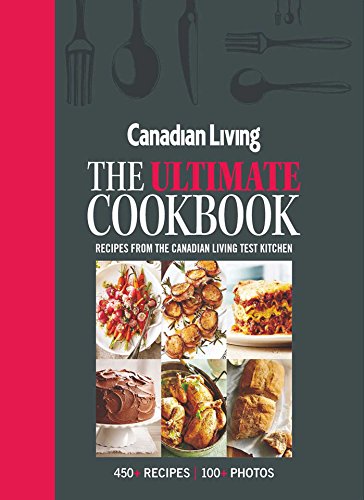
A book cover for Canadian Living: The Ultimate Cookbook; Canadian Living Test Kitchen; Cookbooks, Food & Wine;